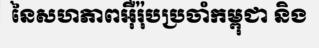
នៃសហភាពអ៊ឺរ៉ុបប្រចាំកម្ពុជា និង